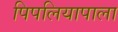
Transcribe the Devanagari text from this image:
पिपलियापाला